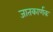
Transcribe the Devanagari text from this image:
जातकार्णवः